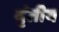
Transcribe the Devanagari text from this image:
वृंतीय